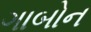
ગાબોન